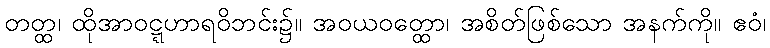
တတ္ထ၊ ထိုအာဝဋ္ဋဟာရဝိဘင်း၌။ အဝယဝတ္ထော၊ အစိတ်ဖြစ်သော အနက်ကို။ ဧဝံ၊